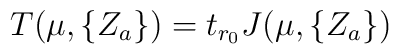
T ( \mu , \{ Z_a \} ) = t_{r_0} J ( \mu , \{ Z_a \} )